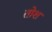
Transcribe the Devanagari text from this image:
तोश